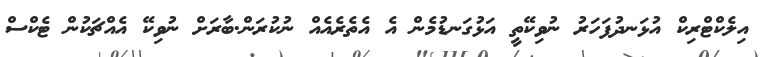
އިލެކްޓްރިކް އުޅަނދުފަހަރު ނުވިކޭތީ އަޅުގަނޑުމެން އެ އެތެރެއެއް ނުކުރަން.ބާރަށް ނުވިކޭ އެއްޗަކުން ޓެކްސް